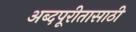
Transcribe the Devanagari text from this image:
अब्दपूरीतासाठी